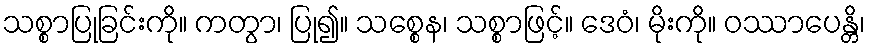
သစ္စာပြုခြင်းကို။ ကတွာ၊ ပြု၍။ သစ္စေန၊ သစ္စာဖြင့်။ ဒေဝံ၊ မိုးကို။ ဝဿာပေန္တိ၊